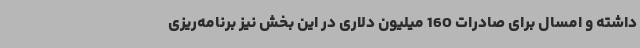
داشته و امسال برای صادرات 160 میلیون دلاری در این بخش نیز برنامه‌ریزی